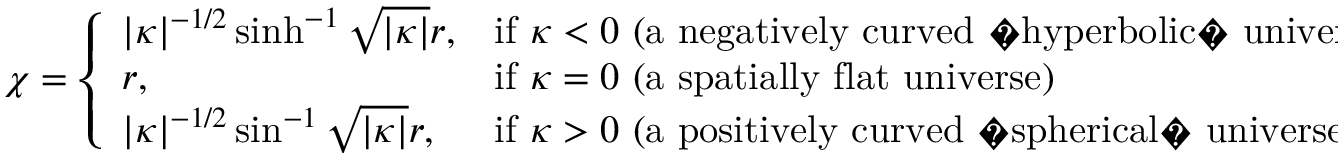
\chi = { \left\{ \begin{array} { l l } { | \kappa | ^ { - 1 / 2 } \sinh ^ { - 1 } { \sqrt { | \kappa | } } r , } & { { \mathrm { i f ~ } } \kappa < 0 \ { \mathrm { ( a ~ n e g a t i v e l y ~ c u r v e d ~ � h y p e r b o l i c � ~ u n i v e r s e ) } } } \\ { r , } & { { \mathrm { i f ~ } } \kappa = 0 \ { \mathrm { ( a ~ s p a t i a l l y ~ f l a t ~ u n i v e r s e ) } } } \\ { | \kappa | ^ { - 1 / 2 } \sin ^ { - 1 } { \sqrt { | \kappa | } } r , } & { { \mathrm { i f ~ } } \kappa > 0 \ { \mathrm { ( a ~ p o s i t i v e l y ~ c u r v e d ~ � s p h e r i c a l � ~ u n i v e r s e ) } } } \end{array} \right. }